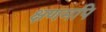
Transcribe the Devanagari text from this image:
क्षणमपि